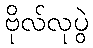
ဗိုလ်လုပွဲ